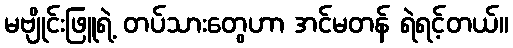
မဗျိုင်းဖြူရဲ့ တပ်သားတွေဟာ အင်မတန် ရဲရင့်တယ်။